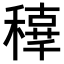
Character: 𥢟